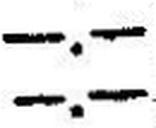
—.—